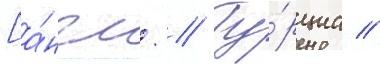
[а́нгл. // Ту́рциа //